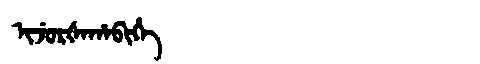
Manchu: ᡳᠵᡠᡵᡧᠠᡥᠠᠪᡳᡥᡝ
Romanization: IJURŠAHABIHE